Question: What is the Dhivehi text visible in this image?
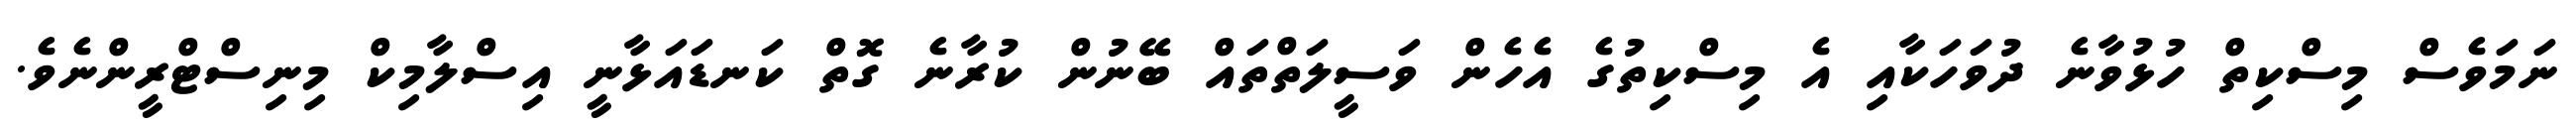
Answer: ނަމަވެސް މިސްކިތް ހުޅުވާނެ ދުވަހަކާއި އެ މިސްކިތުގެ އެހެން ވަސީލަތްތައް ބޭނުން ކުރާނެ ގޮތް ކަނޑައަޅާނީ އިސްލާމިކް މިނިސްޓްރީންނެވެ.